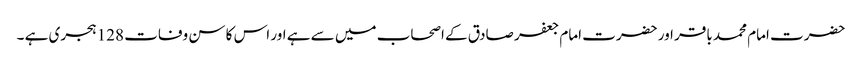
حضرت امام محمد باقر اور حضرت امام جعفر صادق کے اصحاب میں سے ہے اور اس کا سن وفات 128 ہجری ہے ۔